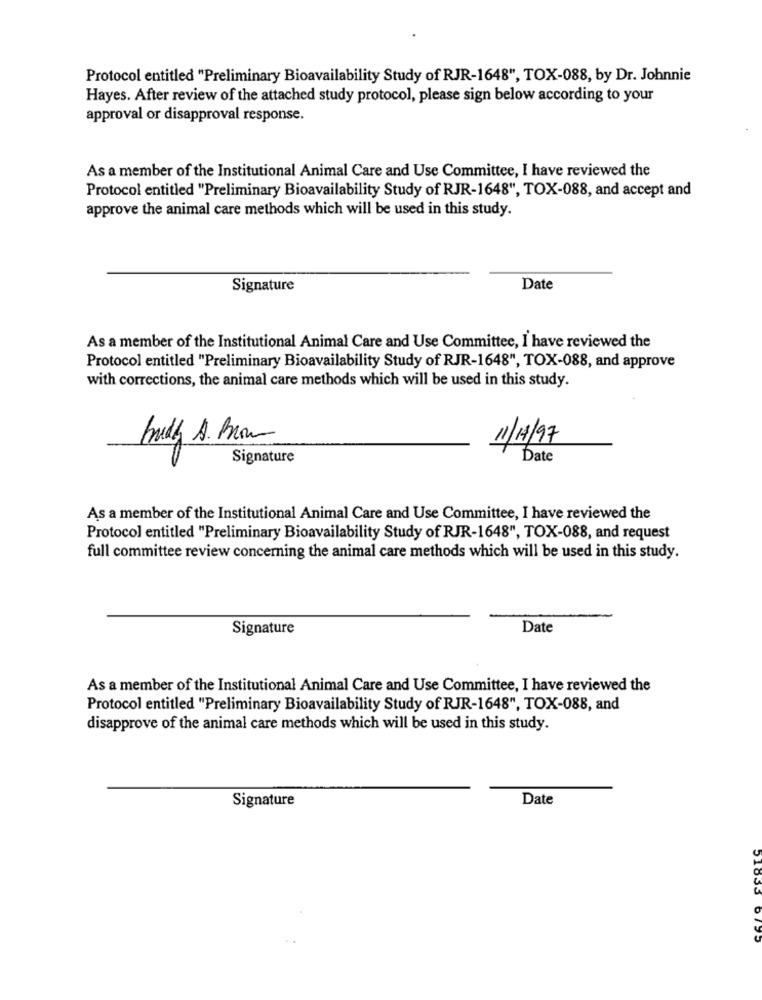
Protocol entitled "Preliminary Bioavailability Study of RJR-1648", TOX-088, by Dr. Johnnie
Hayes. After review of the attached study protocol, please sign below according to your
approval or disapproval response.
As a member of the Institutional Animal Care and Use Committee, I have reviewed the
Protocol entitled "Preliminary Bioavailability Study of RJR-1648", TOX-088, and accept and
approve the animal care methods which will be used in this study.
Signature
Date
As a member of the Institutional Animal Care and Use Committee, I have reviewed the
Protocol entitled "Preliminary Bioavailability Study of RJR-1648", TOX-088, and approve
with corrections, the animal care methods which will be used in this study.
Indy A. Brown
1/1/97
Signature
Date
As a member of the Institutional Animal Care and Use Committee, I have reviewed the
Protocol entitled "Preliminary Bioavailability Study of RJR-1648", TOX-088, and request
full committee review concerning the animal care methods which will be used in this study.
Signature
Date
As a member of the Institutional Animal Care and Use Committee, I have reviewed the
Protocol entitled "Preliminary Bioavailability Study of RJR-1648", TOX-088, and
disapprove of the animal care methods which will be used in this study.
Signature
Date